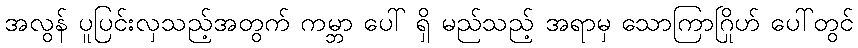
အလွန် ပူပြင်းလှသည့်အတွက် ကမ္ဘာ ပေါ် ရှိ မည်သည့် အရာမှ သောကြာဂြိုဟ် ပေါ်တွင်